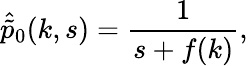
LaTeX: \hat{\tilde{p}}_{0}(k,s)=\frac{1}{s+f(k)},